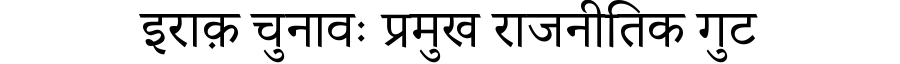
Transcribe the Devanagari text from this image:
इराक़ चुनावः प्रमुख राजनीतिक गुट